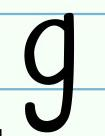
g